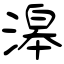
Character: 滜